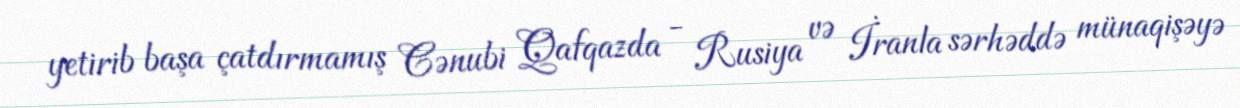
yetirib başa çatdırmamış Cənubi Qafqazda - Rusiya və İranla sərhəddə münaqişəyə